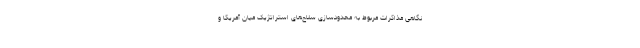
نگاهی مذاکرات مربوط به محدودسازی سلاح‌های استراتژیک میان آمریکا و